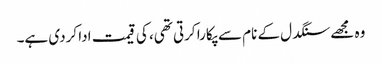
وہ مجھے سنگدل کے نام سے پکارا کرتی تھی، کی قیمت ادا کردی ہے۔